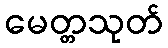
မေတ္တသုတ်